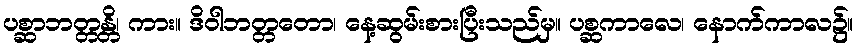
ပစ္ဆာဘတ္တန္တိ၊ ကား။ ဒိဝါဘတ္တတော၊ နေ့ဆွမ်းစားပြီးသည်မှ။ ပစ္ဆကာလေ၊ နောက်ကာလ၌။